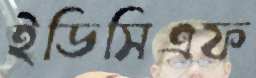
ইডিসিএফ